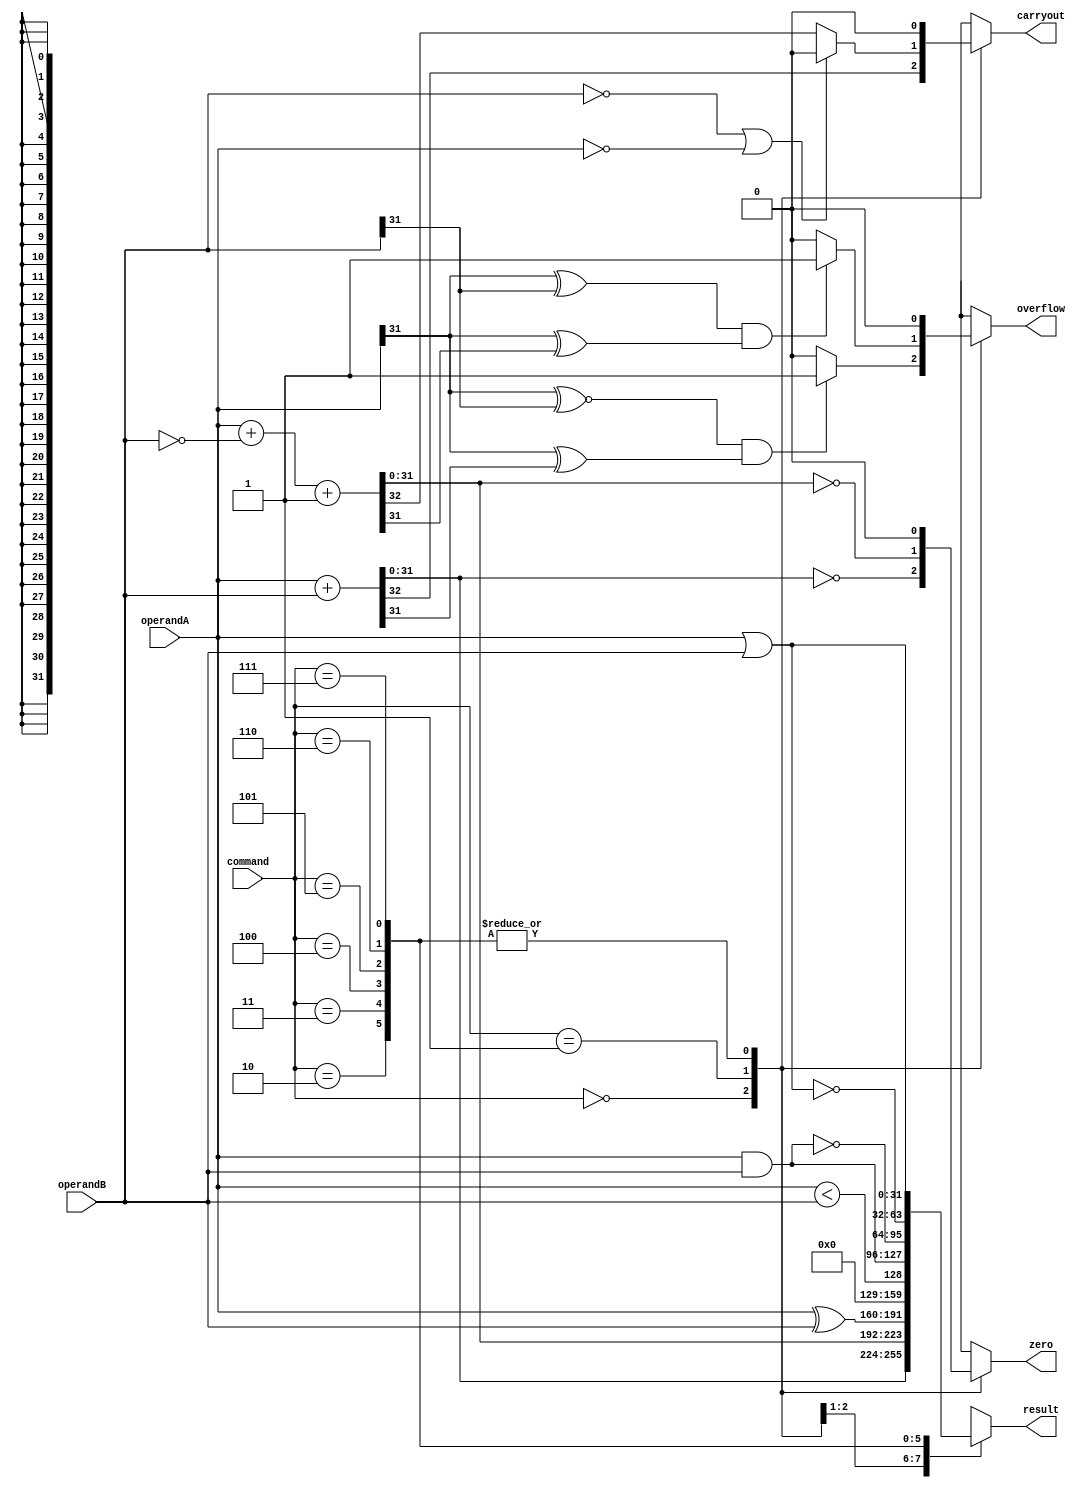
module alu
  #(parameter width = 32)
   (
    output reg signed [width-1:0] result,
    output reg                zero,
                              overflow,
                              carryout,
    input signed [width-1:0]  operandA,
                              operandB,
    input [2:0]               command
    );

   localparam
     ADD = 3'b000,
     SUB = 3'b001,
     XOR = 3'b010,
     SLT = 3'b011,
     AND = 3'b100,
     NAND = 3'b101,
     NOR = 3'b110,
     OR = 3'b111;

   always @(command, operandA, operandB) begin
      case (command)
        ADD: begin
           {carryout, result} = {1'b0, operandA} + {1'b0, operandB};
           overflow = (operandA[width-1] ~^ operandB[width-1]) && (operandA[width-1] ^ result[width-1]) ? 1 : 0;
           zero = result == 0;
        end

        SUB: begin
           {carryout, result} = {1'b0, operandA} + {1'b0, ~operandB} + 1;
           if (operandB  == 0 || operandA == 0) carryout = 0;
           overflow = (operandA[width-1] ^ operandB[width-1]) && (operandA[width-1] ^ result[width-1]) ? 1 : 0;
           zero = result == 0;
        end

        XOR: begin
           result = operandA ^ operandB;
           carryout = 0;
           overflow = 0;
           zero = 0;
        end

        SLT: begin
           result = {{(width-1){1'b0}}, operandA < operandB};
           carryout = 0;
           overflow = 0;
           zero = 0;
        end

        AND: begin
           result = operandA & operandB;
           carryout = 0;
           overflow = 0;
           zero = 0;
        end

        NAND: begin
           result = ~(operandA & operandB);
           carryout = 0;
           overflow = 0;
           zero = 0;
        end

        NOR: begin
           result = ~(operandA | operandB);
           carryout = 0;
           overflow = 0;
           zero = 0;
        end

        OR: begin
           result = operandA | operandB;
           carryout = 0;
           overflow = 0;
           zero = 0;
        end
      endcase
   end
endmodule